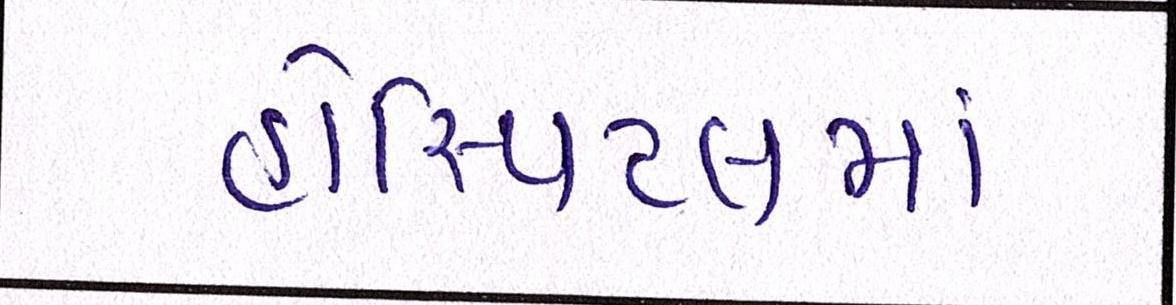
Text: હોસ્પિટલમાં